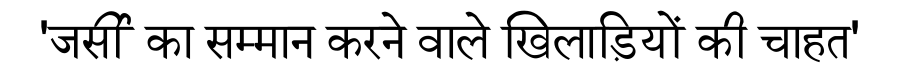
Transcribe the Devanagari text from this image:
'जर्सी का सम्मान करने वाले खिलाड़ियों की चाहत'